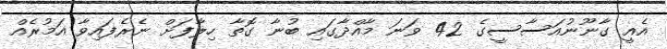
އެއީ ގާނޫނުއަސާސީގެ 42 ވަނަ މާއްދާގައި ބުނާ ގޮތާ ހިލާފަށް ނެރެފައިވާ އަމުރެއް